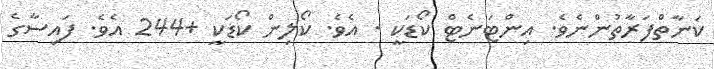
ކަނާތްފަރާތުންނެވެ. އިންޓަނެޓް ކޯޑަކީ . އެވެ. ކޯލިން ކޯޑަކީ +244 އެވެ. ފައިސާގެ